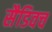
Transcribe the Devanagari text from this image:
सैडिवच